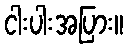
ငါးပါးအပြား။